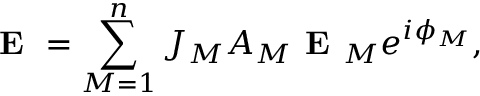
\textbf { E } = \sum _ { M = 1 } ^ { n } J _ { M } A _ { M } \textbf { E } _ { M } e ^ { i { \phi } _ { M } } ,